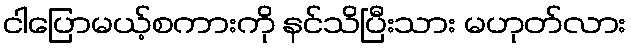
ငါပြောမယ့်စကားကို နင်သိပြီးသား မဟုတ်လား